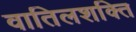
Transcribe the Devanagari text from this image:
वातिलशक्ति